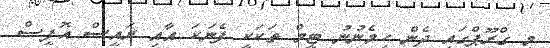
މި ގްރޫޕްގައި ދެން ހިމެނުނު ޓީމް ތަކަކީ ފެނަކަ އާއި ރައީސް އޮފީސް